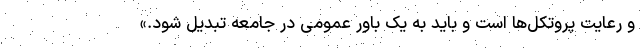
و رعایت پروتکل‌ها است و باید به یک باور عمومی در جامعه تبدیل شود.»